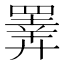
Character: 𢍰